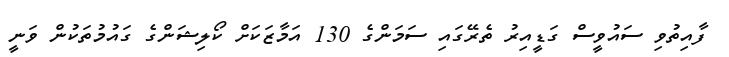
ފާއިތުވި ސައުވީސް ގަޑީއިރު ތެރޭގައި ސަމަންގެ 130 އަމާޒަކަށް ކޯލިޝަންގެ ގައުމުތަކުން ވަނީ